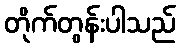
တိုက်တွန်းပါသည်